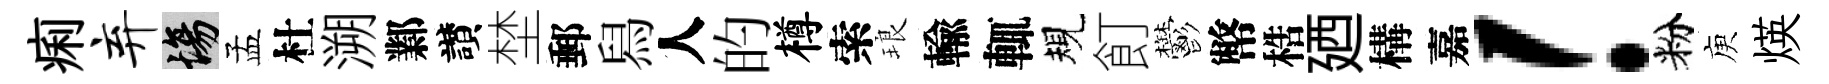
痢弃場孟杜溯鄴讃埜郵舄人的樽索琅輸輒規飣鬱幣梏廼構嘉！粉庾煐